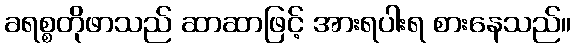
ခရစ္စတိုဖာသည် ဆာဆာဖြင့် အားရပါးရ စားနေသည်။